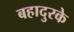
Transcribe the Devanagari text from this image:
बहादुरके